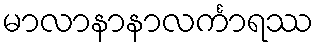
မာလာနာနာလင်္ကာရဿ